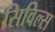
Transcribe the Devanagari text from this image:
सिविल्स